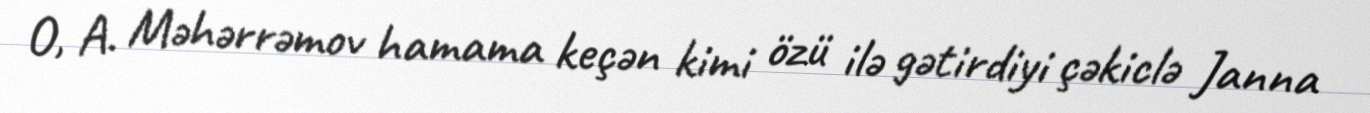
O, A. Məhərrəmov hamama keçən kimi özü ilə gətirdiyi çəkiclə Janna